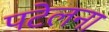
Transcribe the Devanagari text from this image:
पटेलना